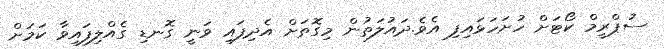
ސުޕްރީމް ކޯޓަށް ހުށަހަޅައިފި އެވެ.ދައުލަތުން މިގޮތަށް އެދިފައި ވަނީ ގޮނޑި ގެއްލިފައިވާ ކަމަަށް